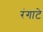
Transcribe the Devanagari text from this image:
रंगाटे